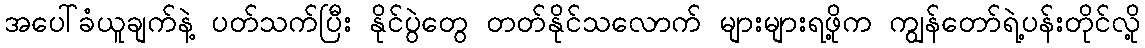
အပေါ်ခံယူချက်နဲ့ ပတ်သက်ပြီး နိုင်ပွဲတွေ တတ်နိုင်သလောက် များများရဖို့က ကျွန်တော်ရဲ့ပန်းတိုင်လို့